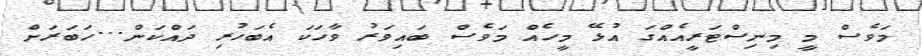
މަވެސް މީ މިނިސްޓަރީއެއްގަ އުޅޭ މީހެއް މަވެސް ބައިވަރު ވާހަކަ އެބަހުރި ދައްކަން...ހަބަރަށް